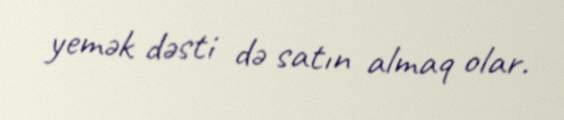
yemək dəsti də satın almaq olar.